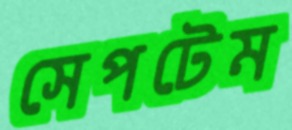
সেপটেম